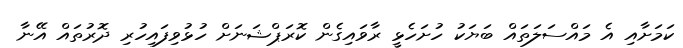
ކަމަށާއި އެ މައްސަލަތައް ބަޔަކު ހުށަހެޅީ ރާވައިގެން ކޮރަޕްޝަނަށް ހުޅުވިފައިހުރި ދޮރުތައް އޭނާ